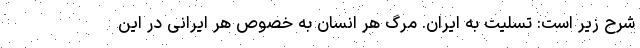
شرح زیر است: تسلیت به ایران. مرگ هر انسان به خصوص هر ایرانی در این